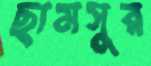
ছামসুর